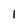
Character: 1